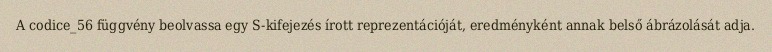
A codice_56 függvény beolvassa egy S-kifejezés írott reprezentációját, eredményként annak belső ábrázolását adja.